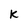
Character: K